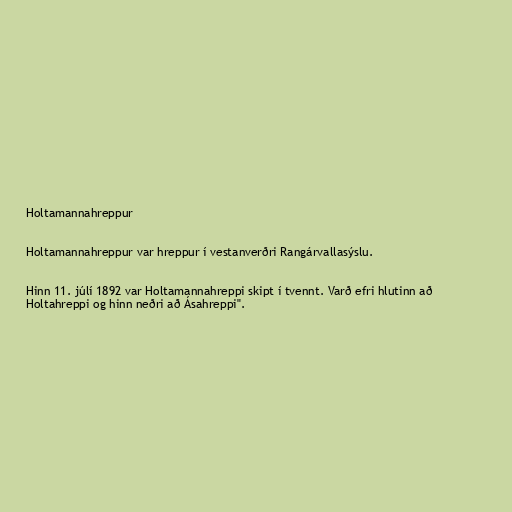
Holtamannahreppur

Holtamannahreppur var hreppur í vestanverðri Rangárvallasýslu.

Hinn 11. júlí 1892 var Holtamannahreppi skipt í tvennt. Varð efri hlutinn að
Holtahreppi og hinn neðri að Ásahreppi".